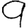
Digit: 9